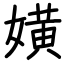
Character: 嫹